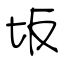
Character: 坂